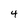
Character: 4